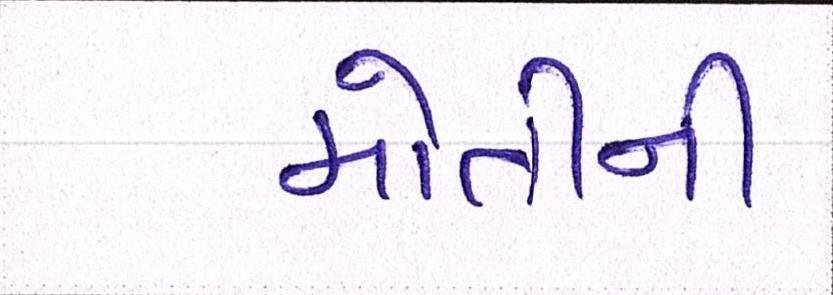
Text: મોતીની